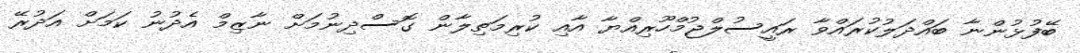
ބޭފުޅުންނާ ބައްދަލުކުރައްވާ ރައީސުލްޖުމްހޫރިއްޔާ އާއި ކުރިމަތިލާން ގޮސްދިނުމަށް ނާޒިމް އެދުނު ކަމަށް އަދުރޭ